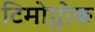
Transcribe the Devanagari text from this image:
टिमोग्लोक